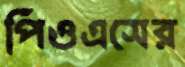
পিওএসের